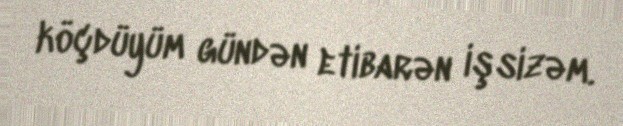
köçdüyüm gündən etibarən işsizəm.